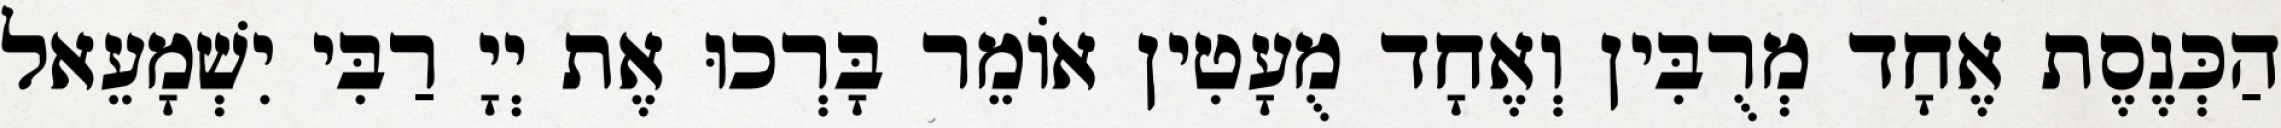
הַכְּנֶסֶת אֶחָד מְרֻבִּין וְאֶחָד מֻעָטִין אוֹמֵר בָּרְכוּ אֶת יְיָ רַבִּי יִשְׁמָעֵאל